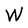
Character: W